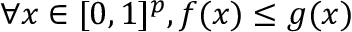
\forall x \in [ 0 , 1 ] ^ { p } , f ( x ) \leq g ( x )